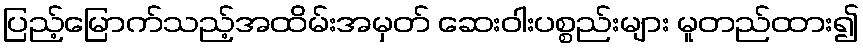
ပြည့်မြောက်သည့်အထိမ်းအမှတ် ဆေးဝါးပစ္စည်းများ မူတည်ထား၍